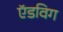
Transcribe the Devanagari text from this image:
ऍडविग